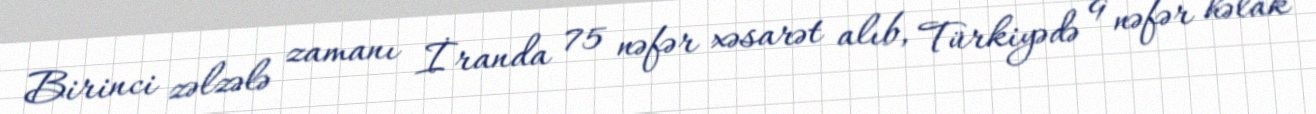
Birinci zəlzələ zamanı İranda 75 nəfər xəsarət alıb, Türkiyədə 9 nəfər həlak